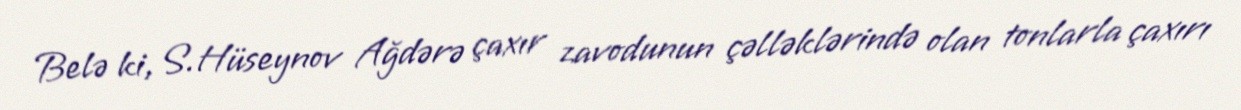
Belə ki, S.Hüseynov Ağdərə çaxır zavodunun çəlləklərində olan tonlarla çaxırı